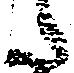
た